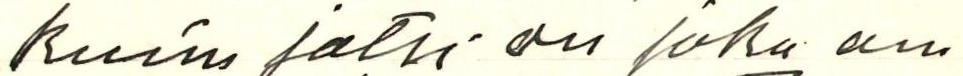
kuin jatsi on joka on